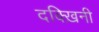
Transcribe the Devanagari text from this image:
दक्ख़िनी